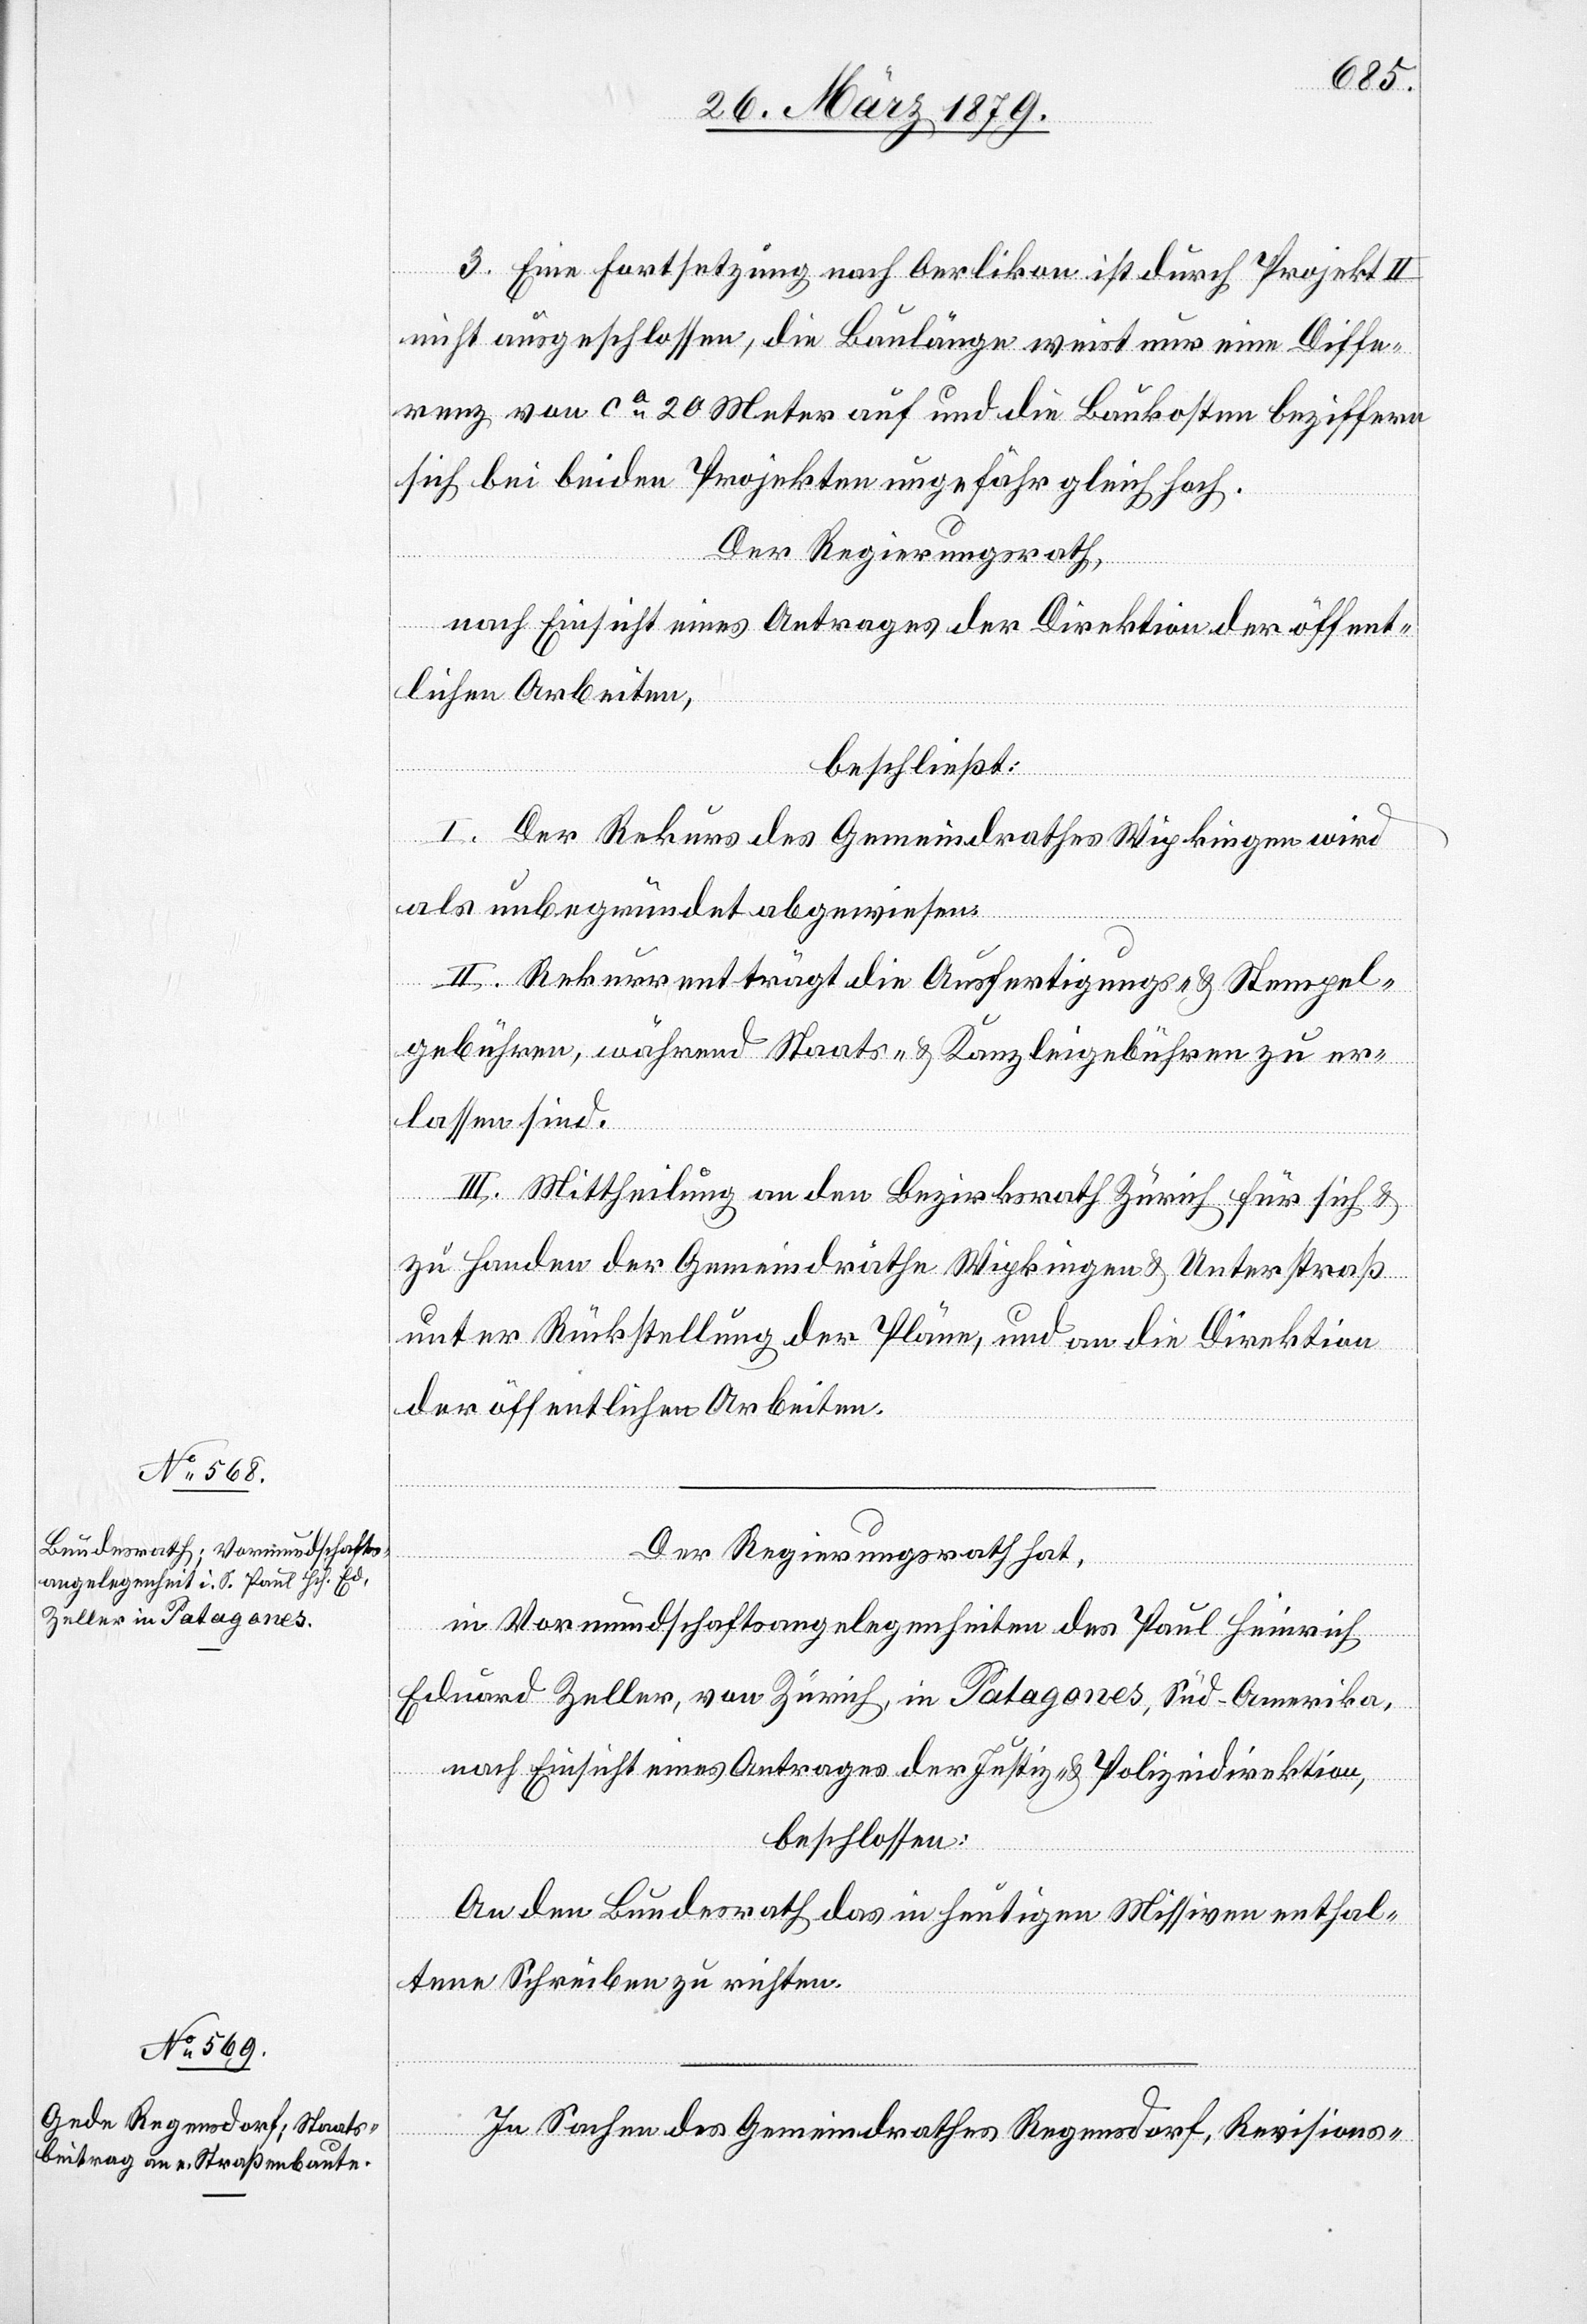
3. Eine Fortsetzung nach Oerlikon ist durch Projekt II
nicht ausgeschlossen, die Baulänge weist nur eine Diffe¬
renz von ca 20 Meter auf und die Baukosten beziffern
sich bei beiden Projekten ungefähr gleich hoch.
Der Regierungsrath,
nach Einsicht eines Antrages der Direktion der öffent¬
lichen Arbeiten,
beschließt:
I. Der Rekurs des Gemeindrathes Wipkingen wird
als unbegründet abgewiesen.
II. Rekurrent trägt die Ausfertigungs- & Stempel¬
gebühren, während Staats- & Kanzleigebühren zu er¬
lassen sind.
III. Mittheilung an den Bezirksrath Zürich für sich &
zu Handen der Gemeindräthe Wipkingen & Unterstraß
unter Rückstellung der Pläne, und an die Direktion
der öffentlichen Arbeiten.
Der Regierungsrath hat,
in Vormundschaftsangelegenheiten des Paul Heinrich
Eduard Zeller, von Zürich, in Patagones, Süd-Amerika,
nach Einsicht eines Antrages der Justiz- & Polizeidirektion,
beschlossen:
An den Bundesrath das in heutigen Missiven enthal¬
tene Schreiben zu richten.
In Sachen des Gemeindrathes Regensdorf, Revisions-